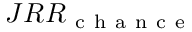
J R R _ { \mathrm { ~ c ~ h ~ a ~ n ~ c ~ e ~ } }